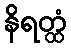
နိရတ္ထံ